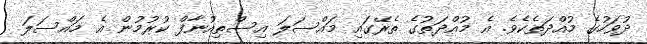
ދުވަހުގެ މުއްދަތެކެވެ. އެ މުއްދަތުގެ ތެރޭގައި މައްސަލަ އިސްތިއުނާފް ކުރުމުން އެ މައްސަލަ